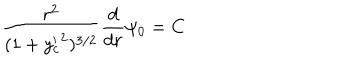
\frac { r ^ { 2 } } { ( 1 + { y _ { c } ^ { \prime } } ^ { 2 } ) ^ { 3 / 2 } } \frac { d } { d r } \psi _ { 0 } = C